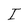
Character: I